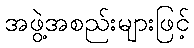
အဖွဲ့အစည်းများဖြင့်